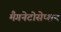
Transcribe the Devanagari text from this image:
मैगनेटोसेप्शन